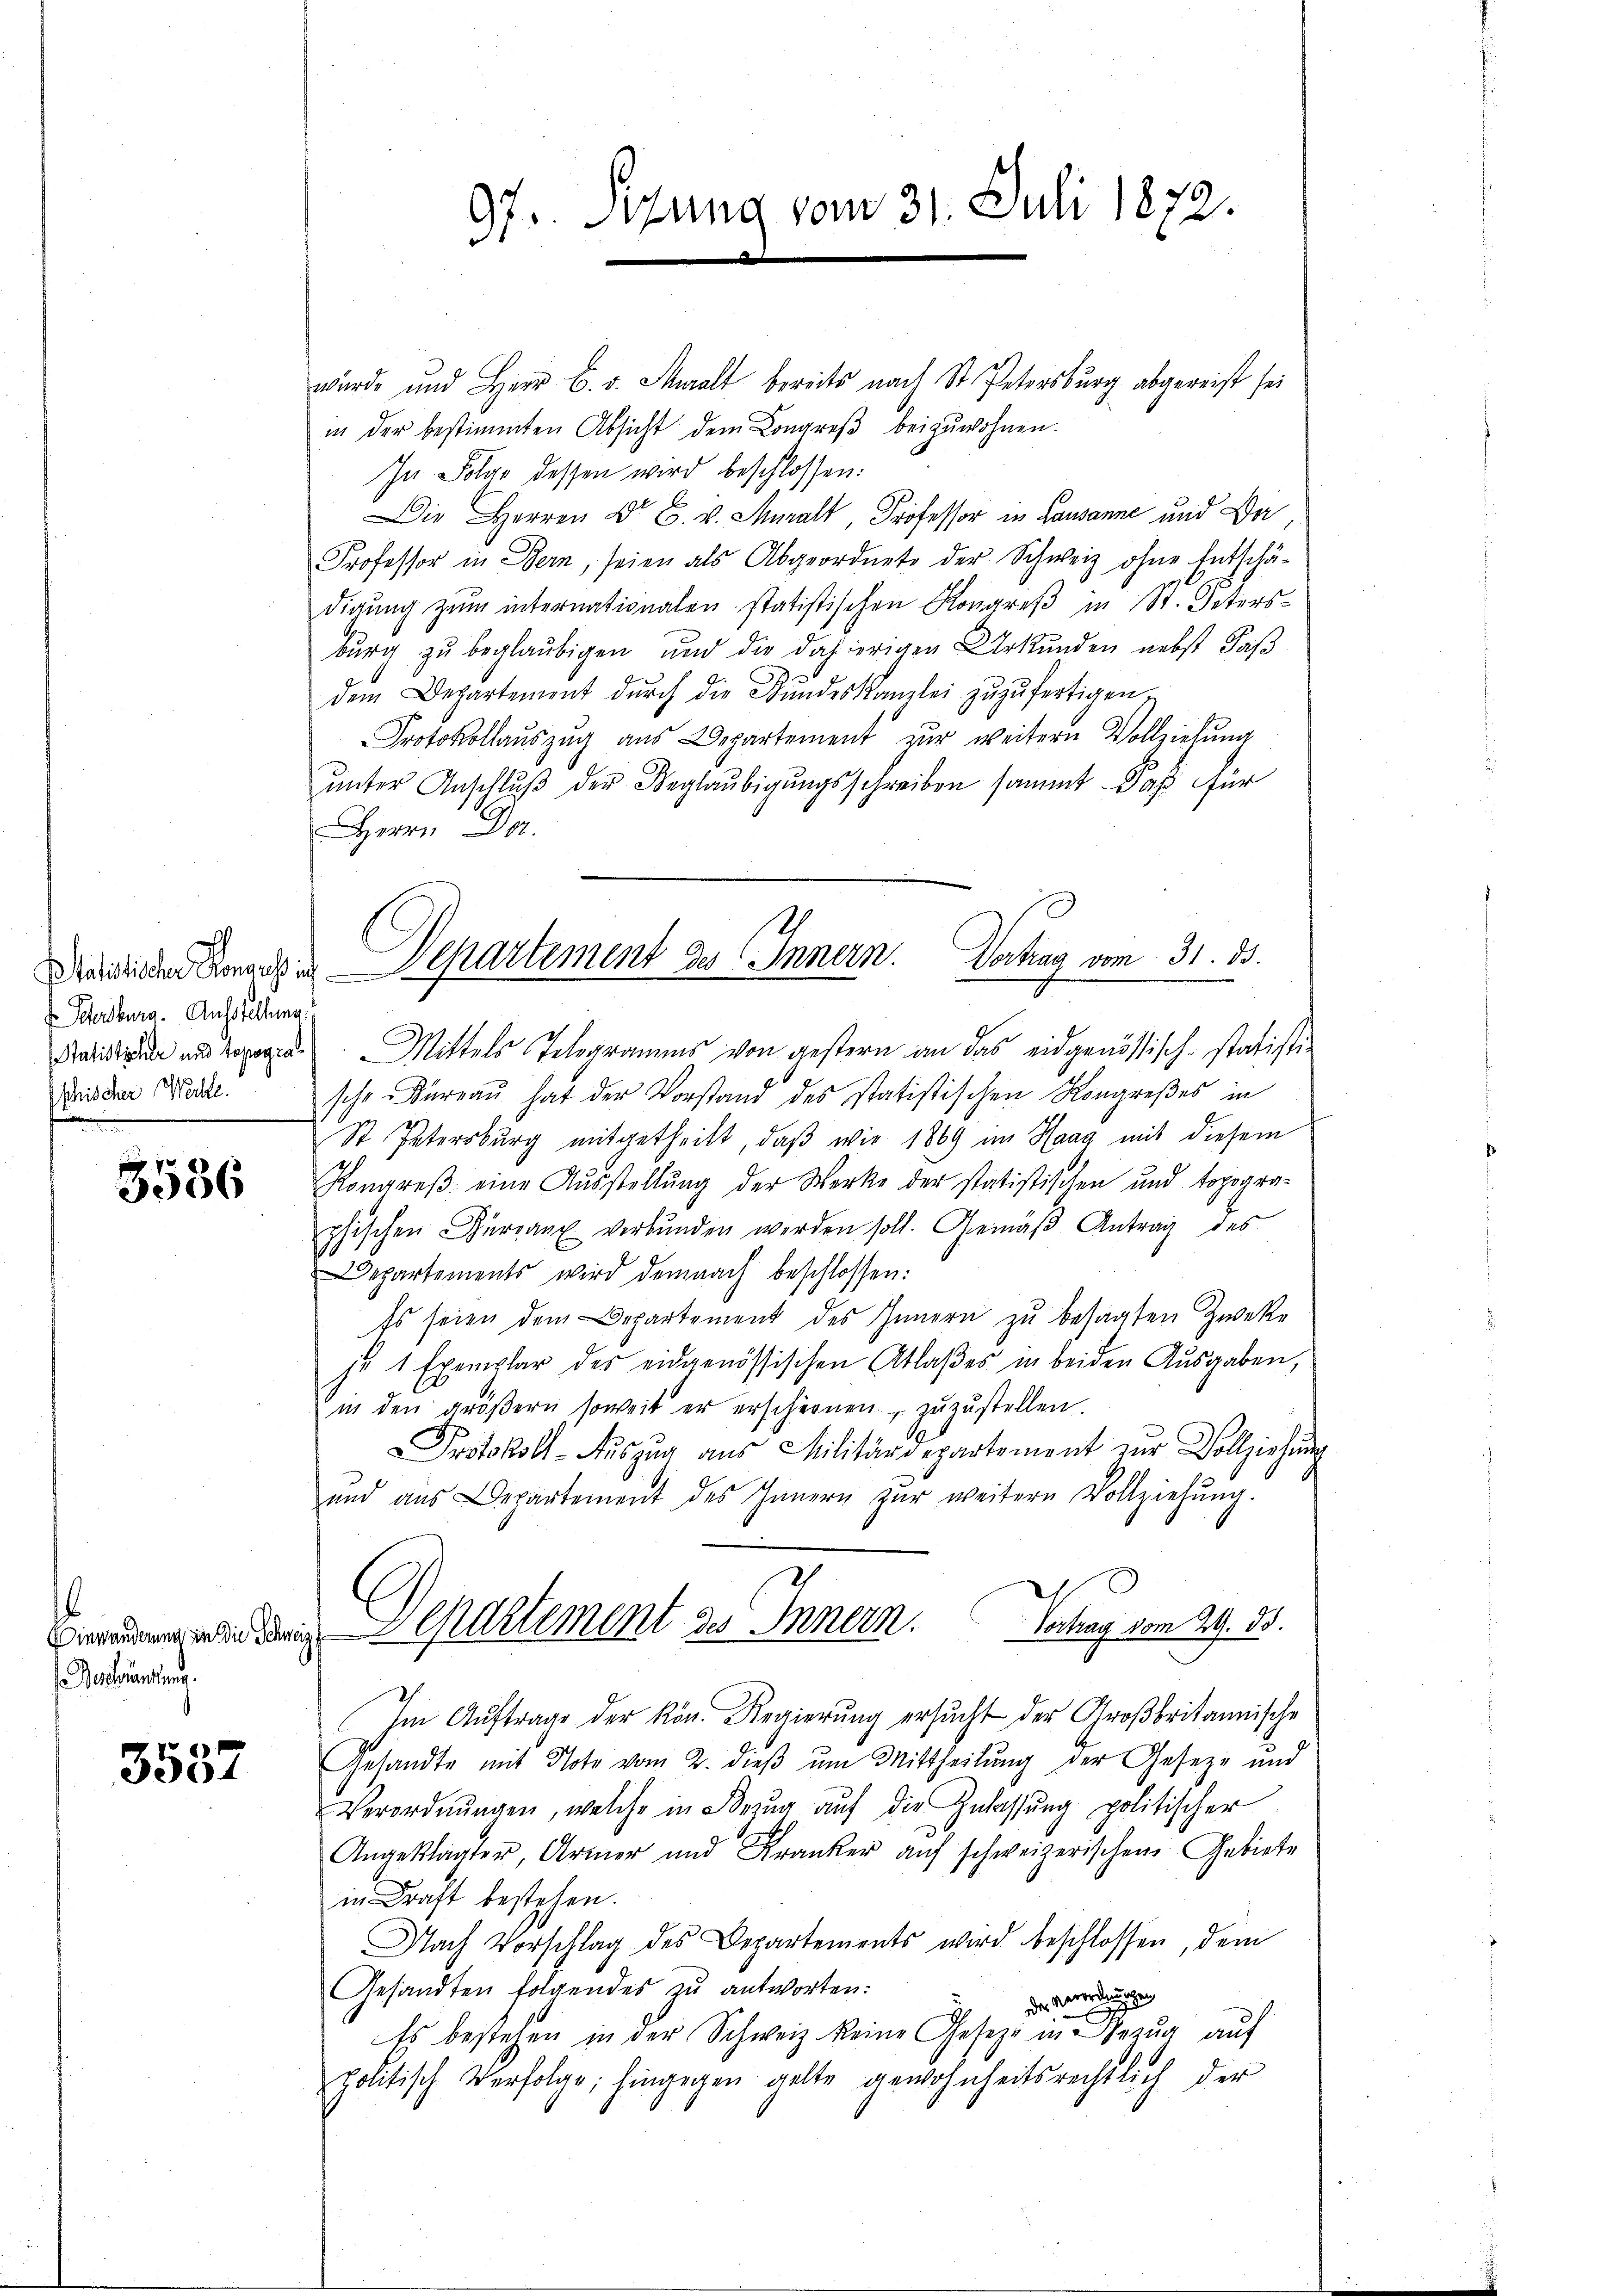
v. Schersburg. Ausstellung
Ichischer Werkte.

3586

entwendung.

3557

wurde und Herr C. v. Muralt bereits nach St. Petersburg abgereist sei
in der bestimmten Absicht dem Congreβ beizuwohnen.
In Folge dessen wird beschlossen:
Die Herr Dr. v. Mal Professor in Lausanne und Dor
Professor in Bern, seien als Abgeordnete der Schweiz ohne Entschä-
digŭng zŭm internationalen statistischen Kongreβ in St. Peters-
burg zu beglaubigen und die dahierigen Urkunden nebst daß
dem Departement dŭrch die Bŭndeskanzlei zŭzŭfertigen.
Protokollauszug aus Departement zur weitern Vollziehung
ŭnter Anschlŭβ der Beglaubigŭngsschreiben sammt daß für
Herrn Da
aister und opere Mittels Telegramms von gestern an das eidgenössisch-statisti-
sche Bureau hat der Vorstand des statistischen Kongreßes in
St. Petersburg mitgetheilt, daß wir 1869 im Haag mit diesem
Kongreß eine Ausstellung der Werke der statistischen und topogra-
phischen Büreaux verbunden werden soll. Gemäß Antrag des
epartements wird demnach beschlossen:
Es seien dem Departement des Innern zu besagten Zweke
je 1 Exemplar des eidgenössischen Atlaβes in beiden Ausgaben,
in den gröβern soweit er erscheinen zuzustellen.
Protokoll-Aŭszŭg aŭs Militärdepartement zŭr Vollziehŭng
und aus Departement des Innern zŭr weitern Vollziehŭng.
Brandungen die durch Separtement des Innern. Vertrag vom 24. 85.
Im Auftrage der kön. Regierung ersucht der Großbritannische
Gesandte mit Note vom 2. dieβ ŭm Mittheilŭng der Geseze und
Verordnŭngen, welche in Bezug auf die Zulassung politischer
Angeklagter, Armer und Kranker aŭf schweizerischen Gebiete
in Kraft bestehen.
Nach Vorschlag des Departements wird beschlossen, dem
Gesandten folgendes zu antworten:
der gewordnungen
Es bestehen in der Schweiz keine Gesetze in Bezŭg aŭf
politisch Verfolge; hingegen gelte gewohnheitsrechtlich der

Sizung vom 31. Juli 1872.
9.

Desiden Kinde Departement des Innern. Vortrag vom 31. 35.